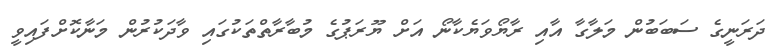
ދަރަނީގެ ސަބަބުން މަލާގާ އާއި ރާޔޯވަޔެކާނޯ އަށް ޔޫރަޕުގެ މުބާރާތްތަކުގައި ވާދަކުރުން މަނާކޮށްފައިވީ